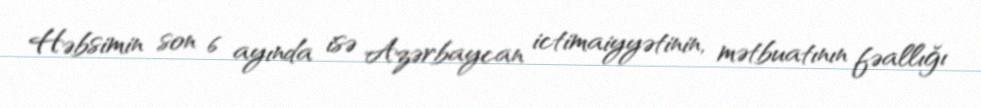
Həbsimin son 6 ayında isə Azərbaycan ictimaiyyətinin, mətbuatının fəallığı